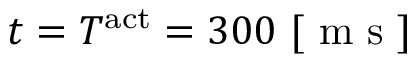
t = T ^ { \mathrm { a c t } } = 3 0 0 ~ [ \mathrm { ~ m ~ s ~ } ]